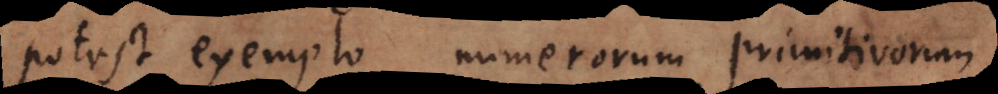
potest exemplo numerorum primitivorum.